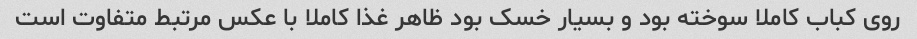
روی کباب کاملا سوخته بود و بسیار خسک بود ظاهر غذا کاملا با عکس مرتبط متفاوت است